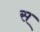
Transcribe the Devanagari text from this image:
स